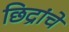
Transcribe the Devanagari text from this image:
छिद्रांचे